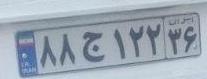
۸۸ج۱۲۲۳۶